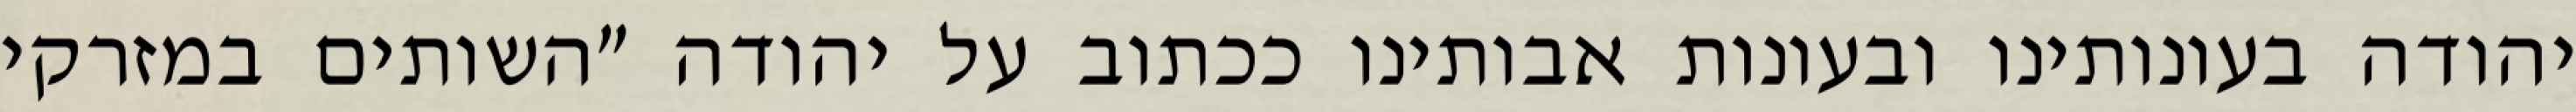
יהודה בעונותינו ובעונות אבותינו ככתוב על יהודה "השותים במזרקי